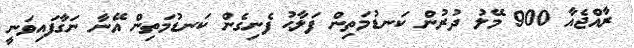
ރާއްޖެއާ 900 މޭލު ދުރުން ކަނޑުމަތިން ފަލާޙު ފެނިގެން ކަނޑުމަތިން އޭނާ ނަގާފައިވަނީ